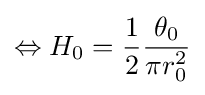
\Leftrightarrow H_{0}={\frac {1}{2}}{\frac {\theta _{0}}{\pi r_{0}^{2}}}